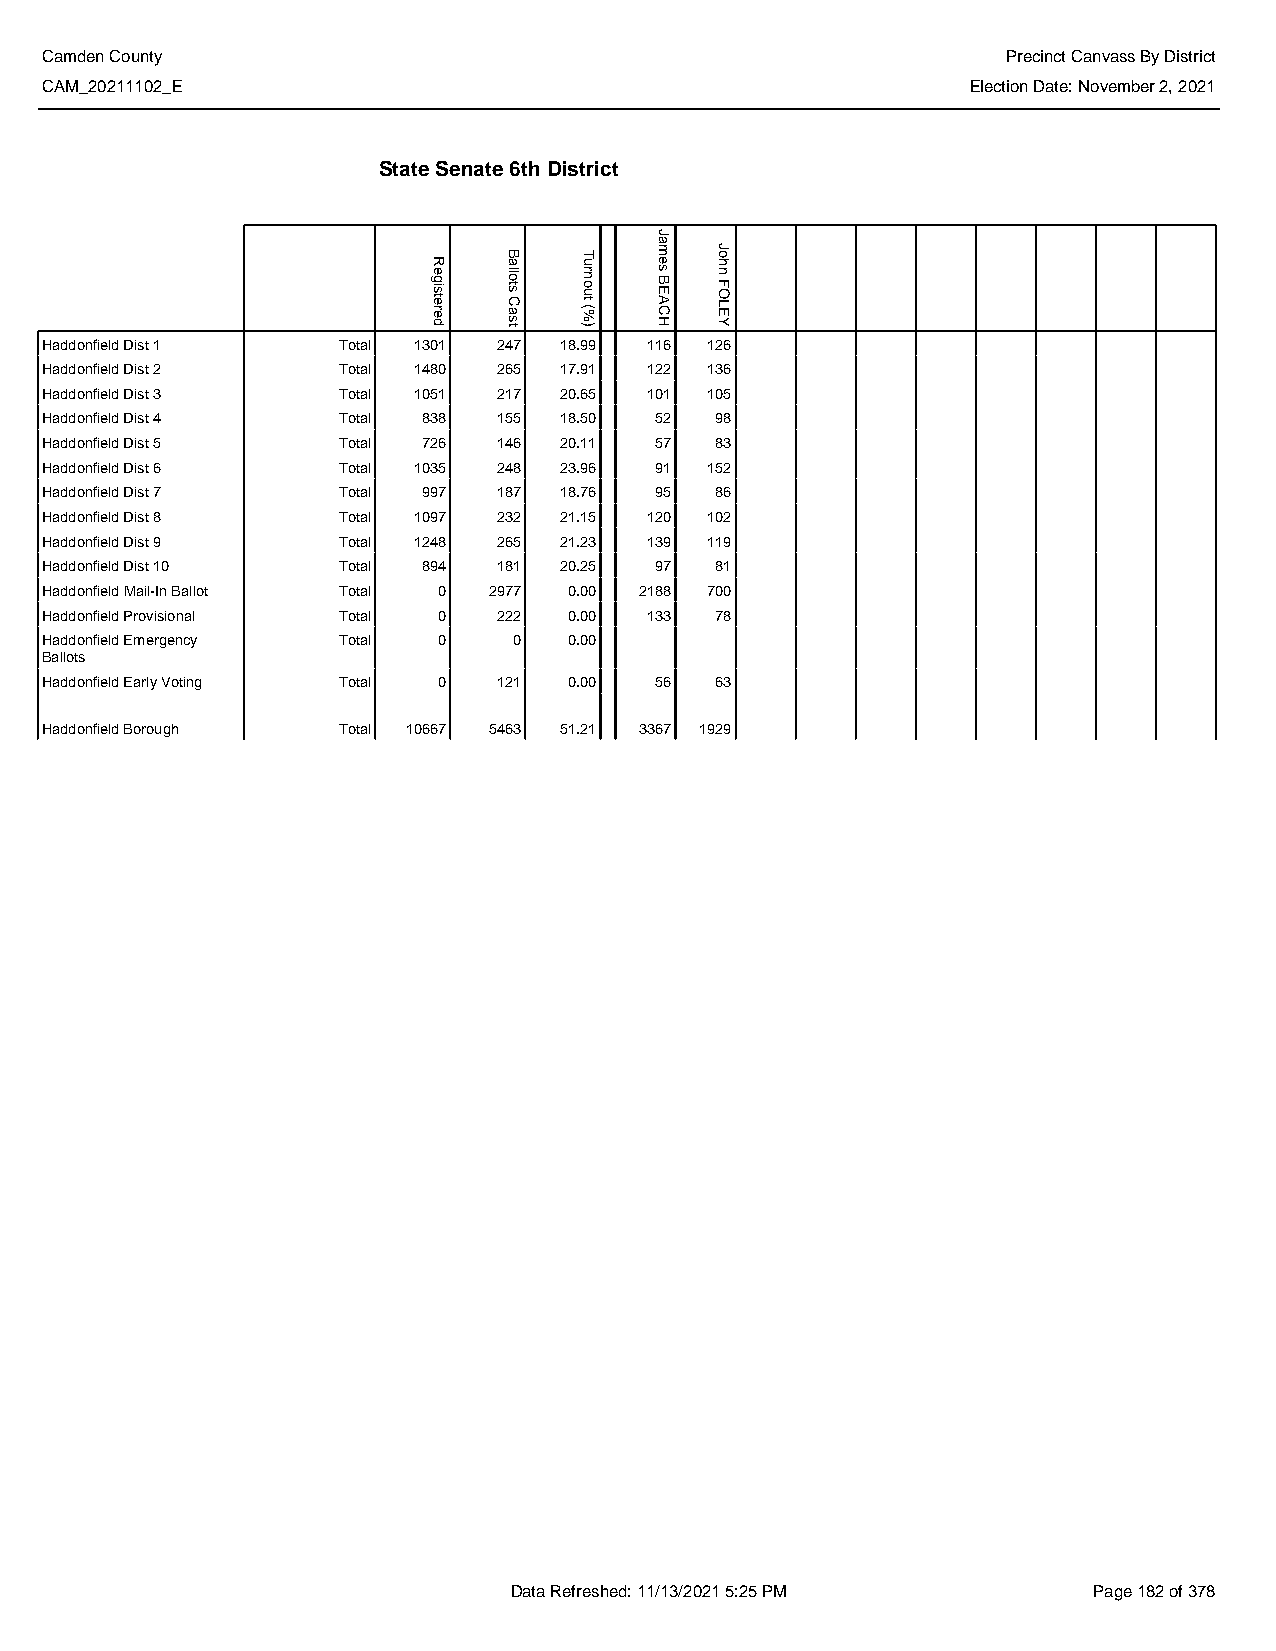
Camden County                                                   Precinct Canvass By District
 CAM_20211102_E                                               Election Date: November 2, 2021
 State Senate 6th District
 Haddonfield Dist 1 Total 1301 247 18.99 116 126
 Haddonfield Dist 2 Total 1480 265 17.91 122 136
 Haddonfield Dist 3 Total 1051 217 20.65 101 105
 Haddonfield Dist 4 Total 838  155 18.50 52  98
 Haddonfield Dist 5 Total 726  146 20.11 57  83
 Haddonfield Dist 6 Total 1035 248 23.96 91  152
 Haddonfield Dist 7 Total 997  187 18.76 95  86
 Haddonfield Dist 8 Total 1097 232 21.15 120 102
 Haddonfield Dist 9 Total 1248 265 21.23 139 119
 Haddonfield Dist 10 Total 894 181 20.25 97  81
 Haddonfield Mail-In Ballot Total 0 2977 0.00 2188 700
 Haddonfield Provisional Total 0 222 0.00 133 78
 Haddonfield Emergency Total 0  0   0.00
 Ballots
 Haddonfield Early Voting Total 0 121 0.00 56 63
 Haddonfield Borough Total 10667 5463 51.21 3367 1929
 Data Refreshed: 11/13/2021 5:25 PM    Page 182 of 378
 Registered
 Ballots
 Cast
 Turnout
 (%)
 James
 BEACH
 John
 FOLEY